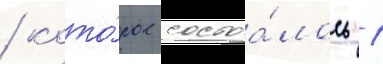
/ кото́рое состоа́лось 1